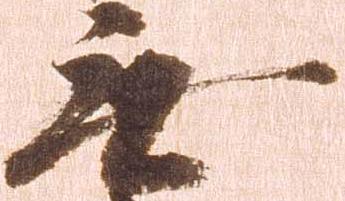
無